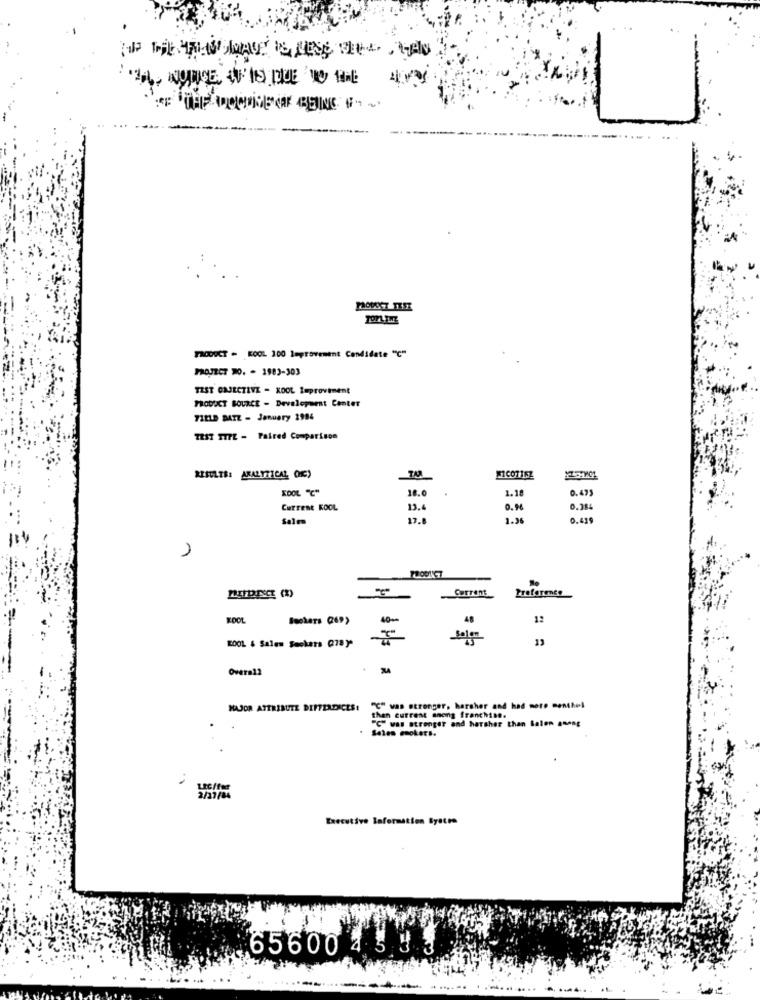
PRODUCT . KOOL 200 Improvement Candidate "℃"
PROJECT DO. - 1983-303
TEST OBJECTIVE - KOOL Tuproviment
PRODUCT SOURCE - Development Center
71ELD DATE - January 2984
TEST TITE - Paired Comparison
RESULTS: ANALYTICAL (DIE)
KOOL "C"
18.0
1.18
0.475
Current KOOL
13.4
0.96
0.384
Sale
17.8
1.26
9.419
Current
Preference
KOOL
40 **
48
1:
Solom
13
KOOL & Sales Sockers (78)*
Overal2
-
MAJOR ATTRIBUTE DIFFERENCES!
"℃" was stronger, harsher and had more monthel
then current anong franchise.
"C" was strenger and harsher than Salen among
2/27/84
Executive laformation System
65600 4 5 9 3